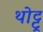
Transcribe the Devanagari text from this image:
थोट्टू